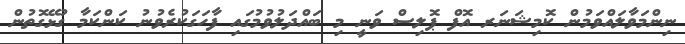
ނިންމަވާލައްވަމުން ކޮމިޝަނަރ އޮފް ޕޮލިސް ވަނީ މި ބައްދަލުވުމުގައި ފާހަގަކުރެވުނު ކަންކަމާ ގުޅޭގޮތުން